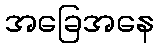
အခြေအနေ